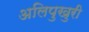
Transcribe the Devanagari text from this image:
अलिपुखुरी